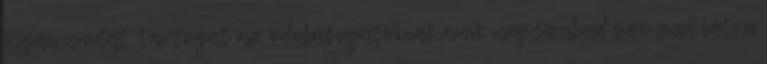
olyan csodát tartogat az odalátogatóknak,amik még szabad szemmel látva